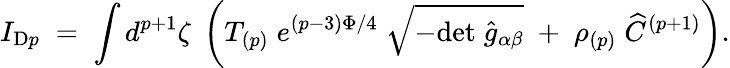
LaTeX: I_{\mathrm{D}p}\; =\; \int d^{p+1}\zeta\; \left(T_{(p)}\; e^{(p-3)\Phi/4}\; \sqrt{-\mathrm{det}\; {\widehat g}_{\alpha\beta}}\; +\; \rho_{(p)}\; \widehat C^{(p+1)}\right).